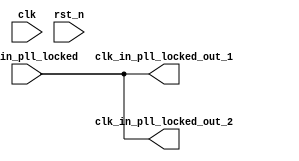
// (C) 2001-2017 Intel Corporation. All rights reserved.
// Your use of Intel Corporation's design tools, logic functions and other 
// software and tools, and its AMPP partner logic functions, and any output 
// files from any of the foregoing (including device programming or simulation 
// files), and any associated documentation or information are expressly subject 
// to the terms and conditions of the Intel Program License Subscription 
// Agreement, Intel FPGA IP License Agreement, or other applicable 
// license agreement, including, without limitation, that your use is for the 
// sole purpose of programming logic devices manufactured by Intel and sold by 
// Intel or its authorized distributors.  Please refer to the applicable 
// agreement for further details.


// synthesis translate_off
`timescale 1ns / 1ps
// synthesis translate_on

module altera_modular_adc_conduit_splitter (
    input               clk,
    input               rst_n,
    input               clk_in_pll_locked,
    output              clk_in_pll_locked_out_1,
    output              clk_in_pll_locked_out_2
);


//-----------------------------------------------------------------------------//
// This core is specifically for splitter adc pll locked signal from export 
// to 2 ADC's pll lock input
//-----------------------------------------------------------------------------//
assign clk_in_pll_locked_out_1 = clk_in_pll_locked; 
assign clk_in_pll_locked_out_2 = clk_in_pll_locked; 

endmodule